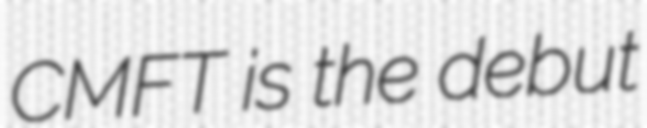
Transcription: CMFT is the debut